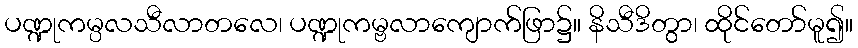
ပဏ္ဍုကမ္ပလသီလာတလေ၊ ပဏ္ဍုကမ္ဗလာကျောက်ဖြာ၌။ နိသီဒိတွာ၊ ထိုင်တော်မူ၍။